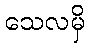
သေလမှိ